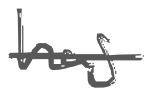
Text: has
Cross-out: single-line
Writing tool: digital_gray